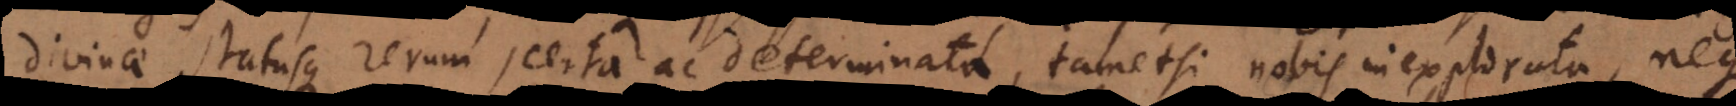
divinae statusque rerum, certa ac determinata, tametsi nobis inexplorata, neque